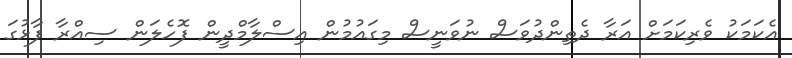
އެކަމަކު ވެރިކަމަށް އަރާ ދެތިންދުވަސް ނުވަނީސް މިގައުމުން އިސްލާމްދީން ފޮހެލަން ސިއްރާ ފާޅުގަ